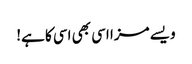
ویسے مزا اسی بھی اسی کا ہے!